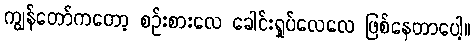
ကျွန်တော်ကတော့ စဉ်းစားလေ ခေါင်းရှုပ်လေလေ ဖြစ်နေတာပေါ့။